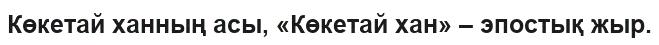
Көкетай ханның асы, «Көкетай хан» – эпостық жыр.